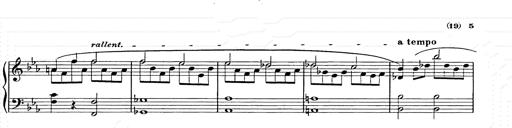
Title: Allegro di bravura
Composer: Carl Maria von Weber
Key: D major